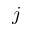
j